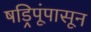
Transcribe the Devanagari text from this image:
षड्रिपूंपासून